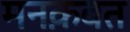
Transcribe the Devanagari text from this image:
मनक़बत